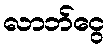
လာဘ်ငွေ